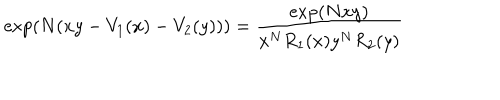
\exp \left( N ( x y - V _ { 1 } ( x ) - V _ { 2 } ( y ) ) \right) = \frac { \exp \left( N x y \right) } { x ^ { N } R _ { 1 } ( x ) y ^ { N } R _ { 2 } ( y ) }